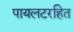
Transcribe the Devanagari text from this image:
पायलटरहित